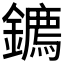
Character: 𮣘